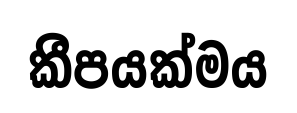
කීපයක්මය